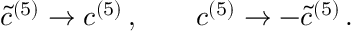
{ \tilde { c } } ^ { ( 5 ) } \rightarrow c ^ { ( 5 ) } \, , \qquad c ^ { ( 5 ) } \rightarrow - { \tilde { c } } ^ { ( 5 ) } \, . \,